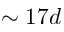
\sim 1 7 d